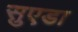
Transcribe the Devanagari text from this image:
सुएडा